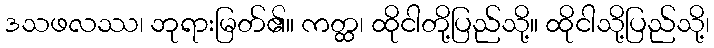
ဒသဖလဿ၊ ဘုရားမြတ်၏။ ကတ္ထ၊ ထိုငါတို့ပြည်သို့။ ထိုငါသို့ပြည်သို့၊